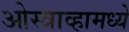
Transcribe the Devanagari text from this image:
ओस्त्राव्हामध्ये